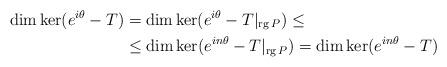
LaTeX: \begin{align*}\dim \ker(e^{i\theta}-T) & = \dim \ker(e^{i\theta}-T|_{\operatorname{rg} P}) \le \\& \le \dim \ker(e^{in\theta}-T|_{\operatorname{rg} P}) = \dim \ker(e^{in\theta}-T)\end{align*}